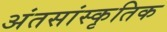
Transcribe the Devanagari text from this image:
अंतसांस्कृतिक